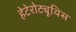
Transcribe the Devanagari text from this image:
हेटेरोट्यूथिस